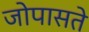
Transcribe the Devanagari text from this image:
जोपासते